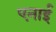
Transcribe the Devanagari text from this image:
एनाई